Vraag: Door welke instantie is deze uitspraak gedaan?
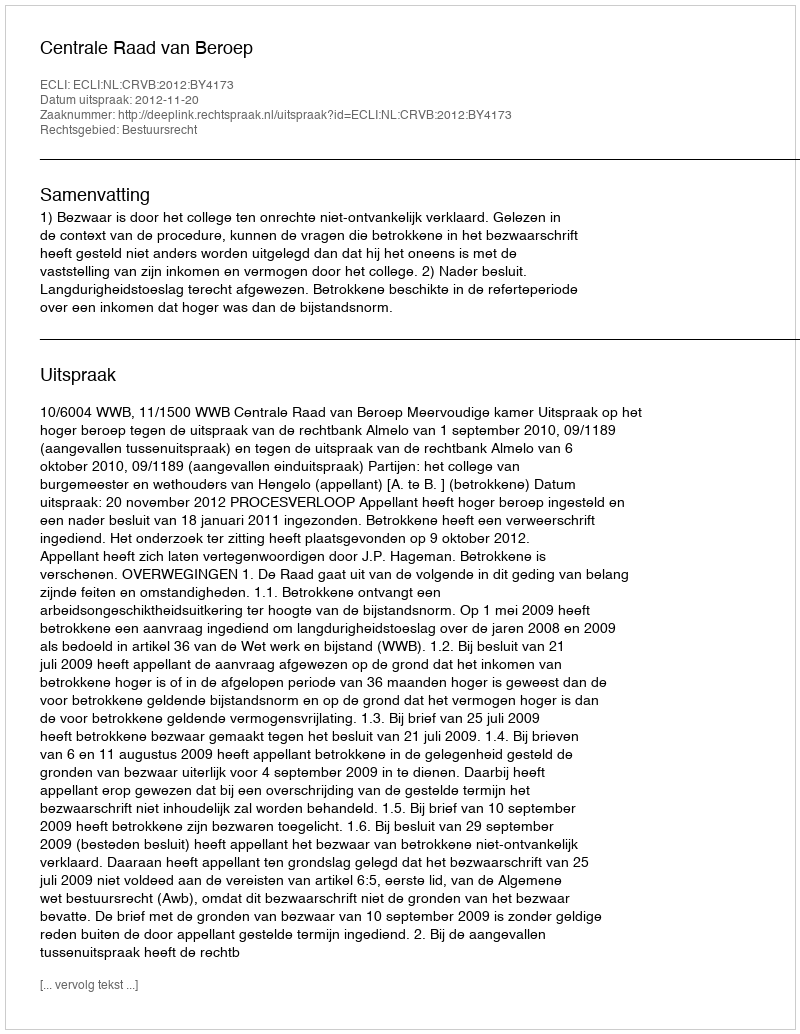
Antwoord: Centrale Raad van Beroep